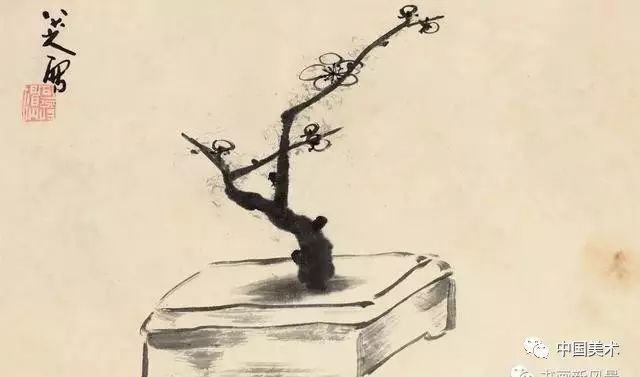
低头羞见人，双手结裙带。